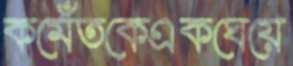
কমেঁতকেএকঘেয়ে